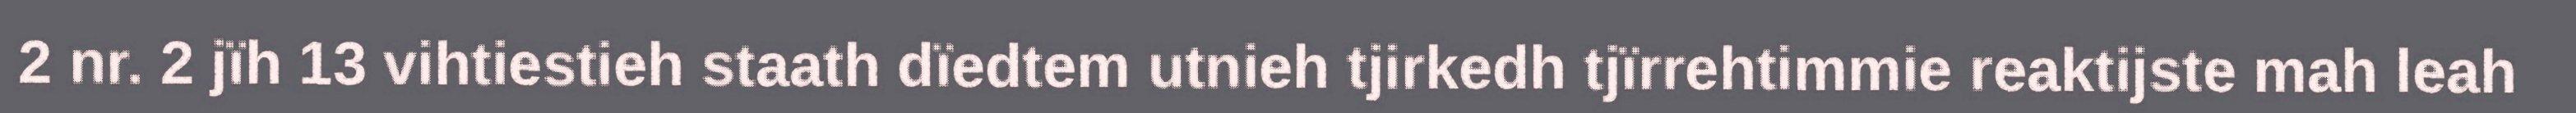
2 nr. 2 jïh 13 vihtiestieh staath dïedtem utnieh tjirkedh tjïrrehtimmie reaktijste mah leah